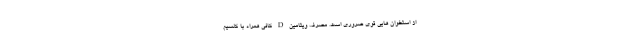
از استخوان هایی قوی ضروری است. مصرف ویتامین D کافی همراه با کلسیم